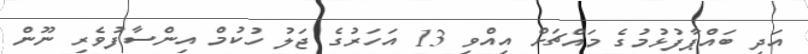
އަދި ބައްޕާފުޅުމުގެ މައްޗަށް އިއްވި 13 އަހަރުގެ ޖަލު ހުކުމް އިންސާފުވެރި ނޫން